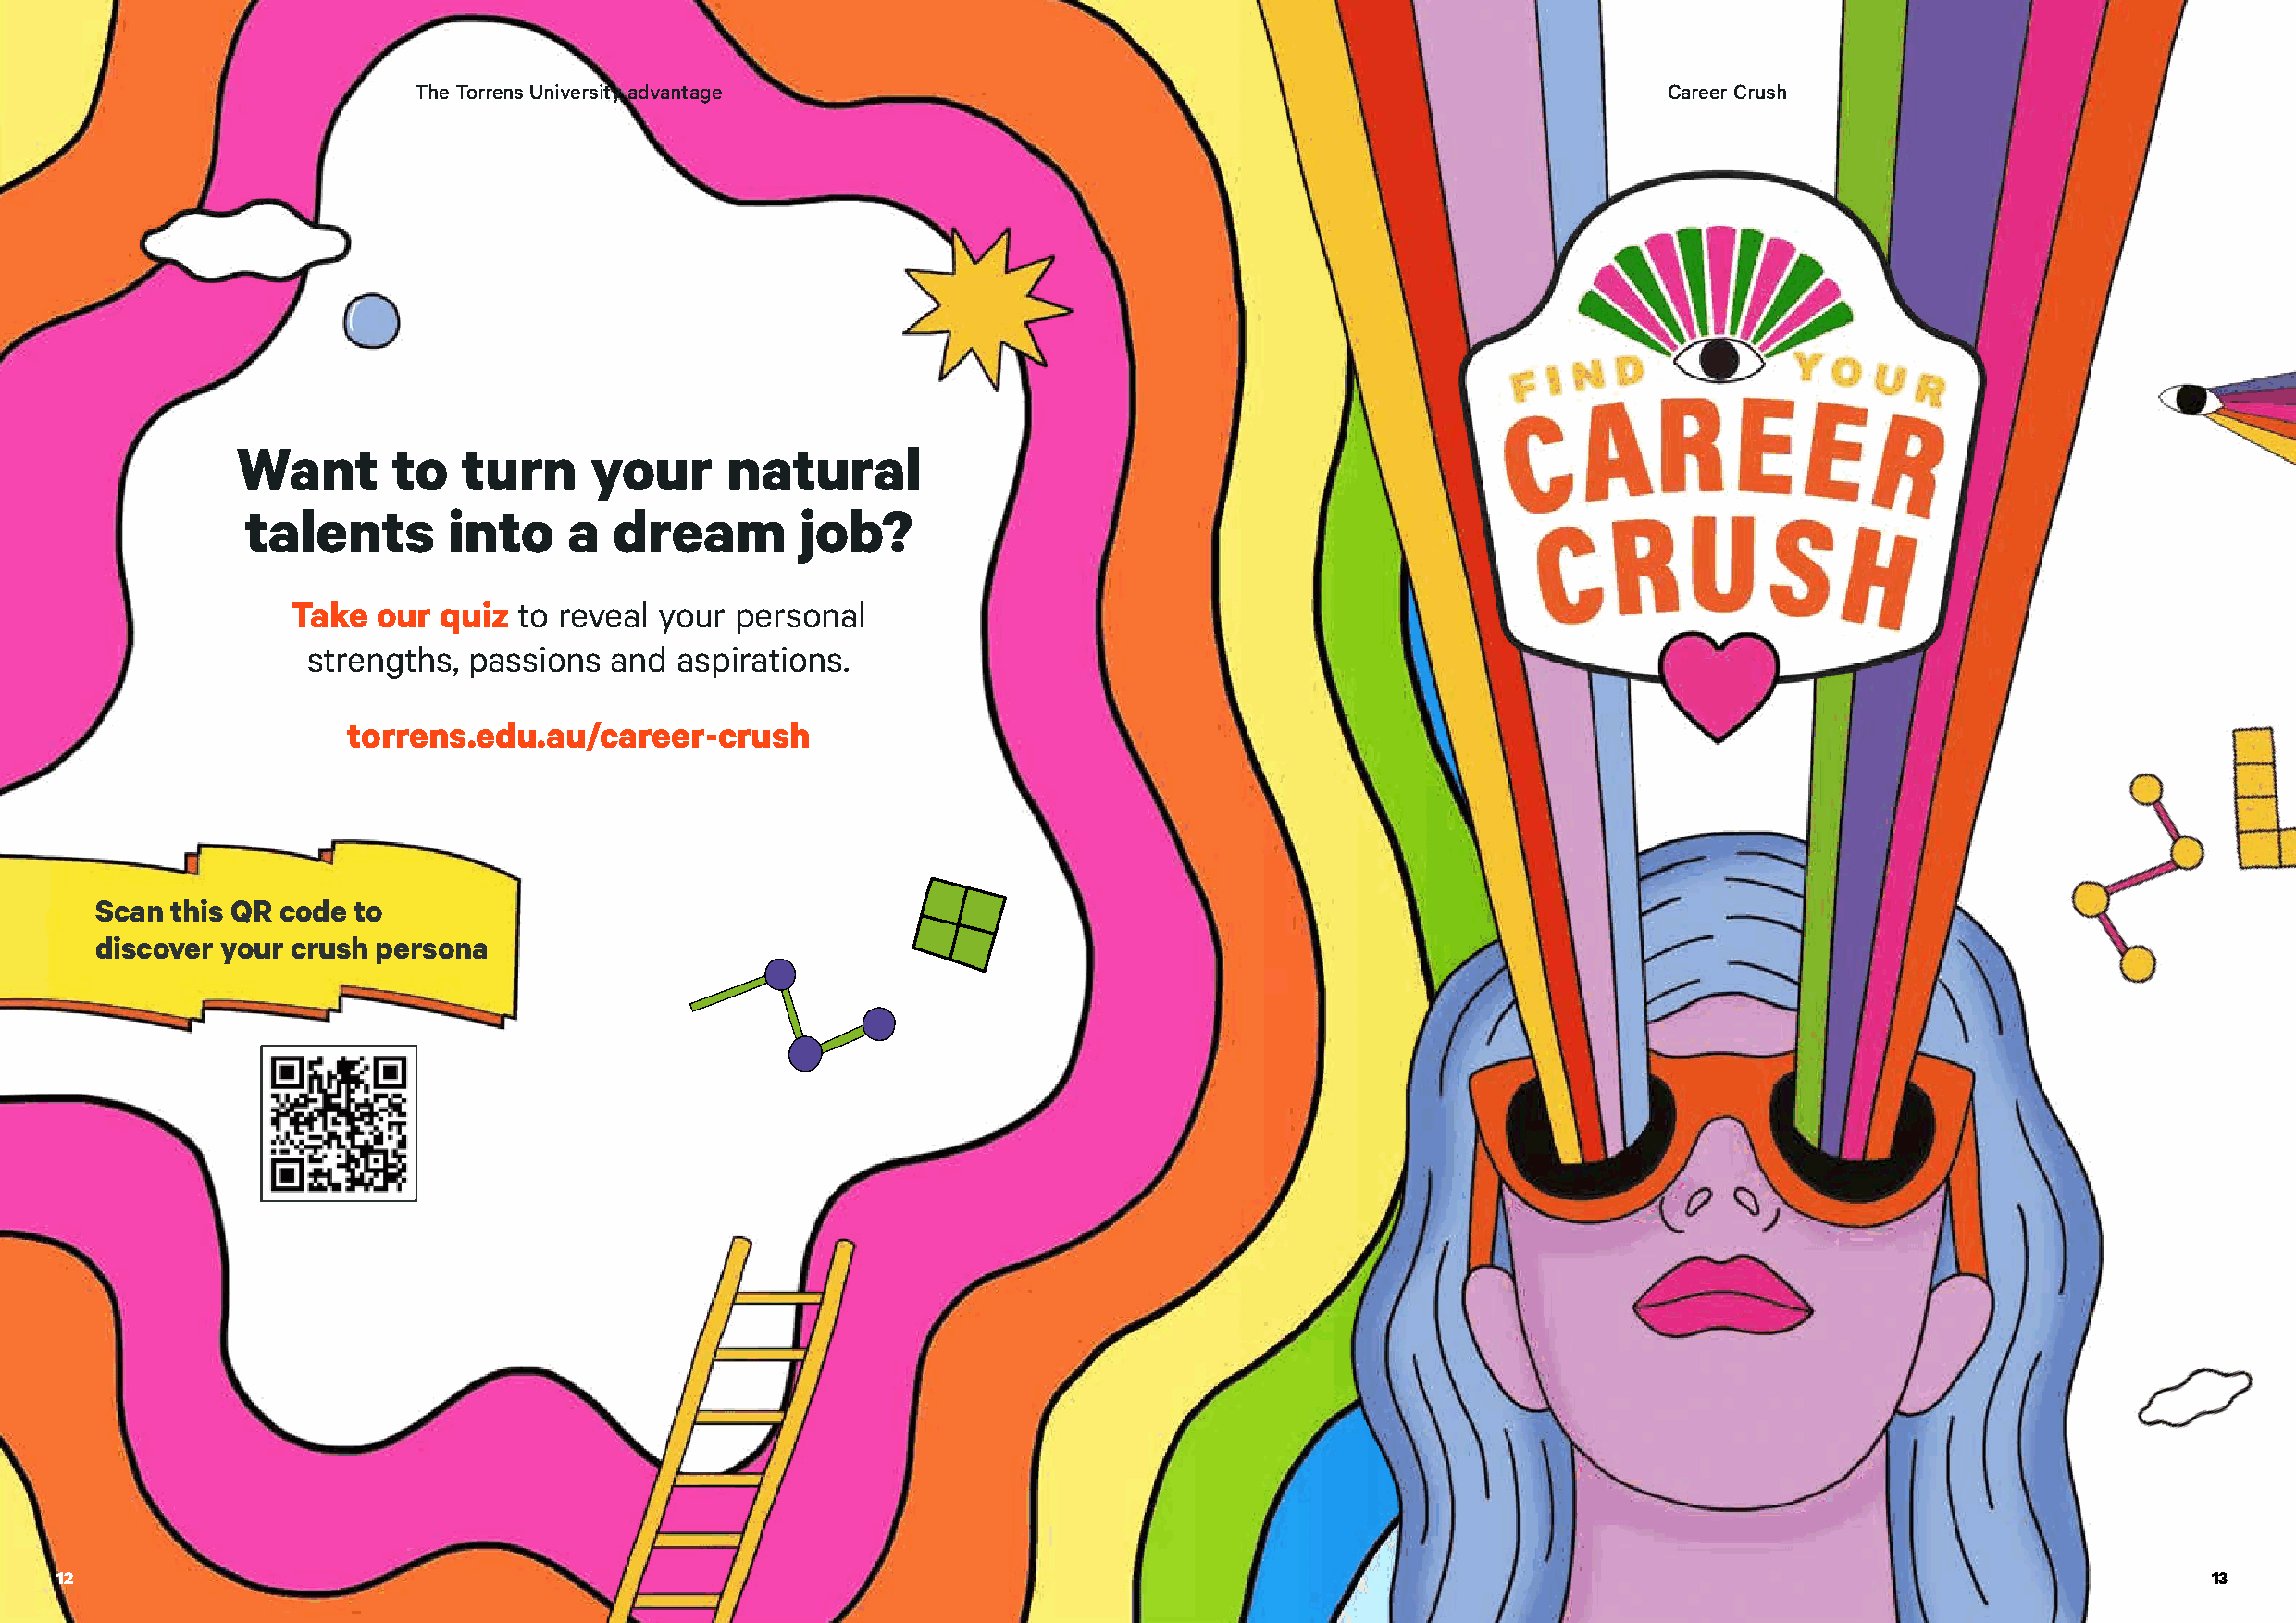
The Torrens University advantage                                                         Career Crush
 Want       to   turn     your      natural
 talents        into     a  dream        job?
 Take  our quiz  to reveal your  personal
 strengths,  passions  and aspirations.
 torrens.edu.au/career-crush
 Scan this QR code to
 discover your crush persona
 12                                                                                                                                                        13